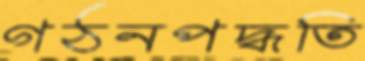
গঠনপদ্ধতি